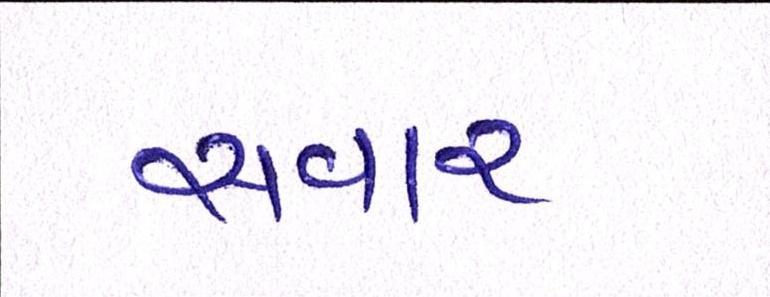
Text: સવાર